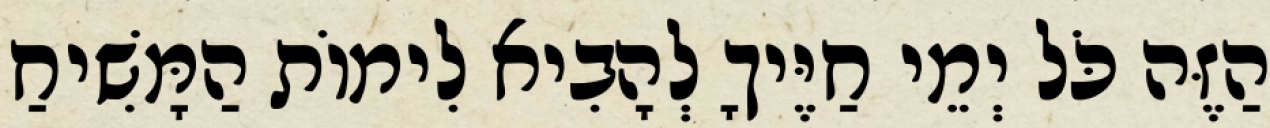
הַזֶּה כֹּל יְמֵי חַיֶּיךָ לְהָבִיא לִימוֹת הַמָּשִׁיחַ